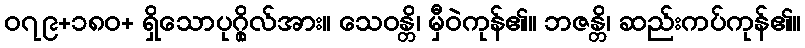
၀၇၉+၁၈၀+ ရှိသောပုဂ္ဂိုလ်အား။ သေဝန္တိ၊ မှီဝဲကုန်၏။ ဘဇန္တိ၊ ဆည်းကပ်ကုန်၏။